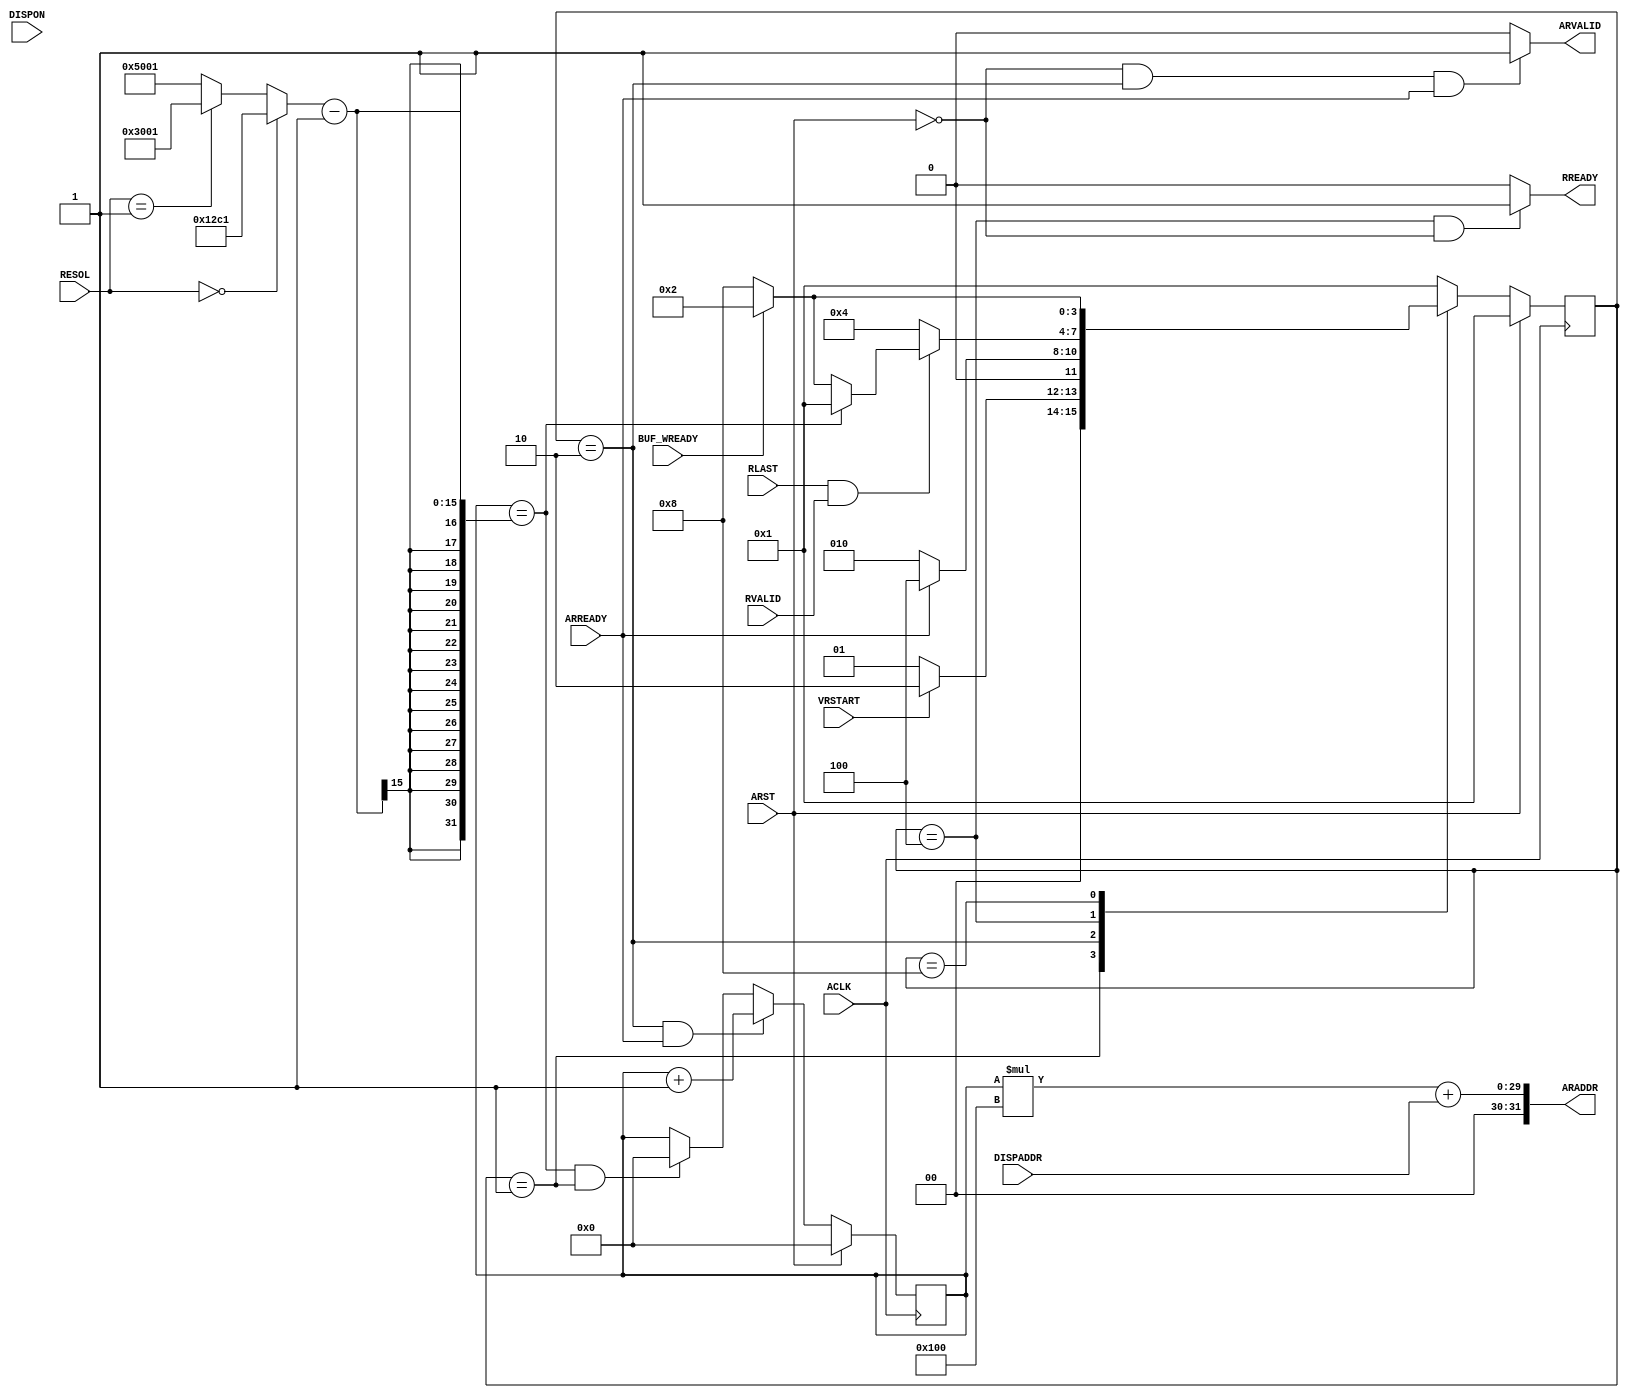
//-----------------------------------------------------------------------------
// Title       : VRAMiuvj
// Project     : display
//-----------------------------------------------------------------------------
// Description :
// 
//-----------------------------------------------------------------------------
// Revisions   :
// Date        Version  Author        Description
// 201?/??/??  1.00     ???????????   Created
//-----------------------------------------------------------------------------

module disp_vramctrl
(
    // System Signals
    input           ACLK,
    input           ARST,

    // Read Address, AhXn
    output  [31:0]  ARADDR,
    output          ARVALID,
    input           ARREADY,
    // Read Data, f[^nRREADYFIFOf[^
    input           RLAST,
    input           RVALID,
    output          RREADY,

    /* x */
    input   [1:0]   RESOL,

    /* ubNM */
    input           VRSTART,   //syncgen VRAMoJnM
    input           DISPON,    //disp_regctrl, disp_buffer\ON
    input   [28:0]  DISPADDR,  //disp_regctrl\JnAhXQXrbg
    input           BUF_WREADY //disp_buffer@FIFO\
);

//AXIeM Master
//FIFO

    reg [3:0] CUR;
    reg [3:0] NXT;

    reg [15:0] COUNT;

//1IgUNV
//exf/8(PgUNVf)=KvgUNV+1
//Xe[gWX^rWATCH_DOGSPKv
//RESOL==0 VGA, RESOL==1 XGA, RESOL==2 SXGA
    wire    [15:0] WATCH_DOGS = (RESOL==2'b00)? 16'h12C1:(RESOL==2'b01)?16'h3001:16'h5001; //16'd4800, 786432, 1310720
//1gUNVAhXi
    wire    [8:0] STEP = 9'h100;
//Xe[g`
parameter S_IDLE = 4'b0001, S_SETADDR = 4'b0010, S_READ = 4'b0100, S_WAIT = 4'b1000;

//AR`lM
//ARADDR 8*32=2561gUNV
assign ARADDR = COUNT*STEP+DISPADDR;

//ARVALID
assign ARVALID = (!ARST&CUR==S_SETADDR&ARREADY) ? 1 : 0;

//Xe[gWX^
always @(posedge ACLK) begin
    if(ARST) begin
        CUR <= S_IDLE;
    end
    else begin
        CUR <= NXT;
    end
end //CUR

//NXT
always @* begin
    case(CUR)
        S_IDLE: if(VRSTART) begin   //@
                    NXT <= S_SETADDR;
                end
                else begin
                    NXT <= S_IDLE;
                end
        S_SETADDR: if(ARREADY) begin    //AR`lAhXs
                        NXT <= S_READ;
                    end
                    else begin
                        NXT <= S_SETADDR;
                    end
        S_READ: if(RLAST&RVALID) begin  //VRAMoAFIFO
                    if(COUNT==WATCH_DOGS-1) begin//IS_IDLE, JE^Kv
                        NXT <= S_IDLE;
                    end
                    else if(BUF_WREADY) begin   //obt@]TS_SETADDR
                        NXT <= S_SETADDR;
                    end
                    else begin  //ICobt@]TS_WAIT
                        NXT <= S_WAIT;
                    end
                end
                else begin
                    NXT <=S_READ;
                end
        S_WAIT: if(BUF_WREADY) begin
                    NXT <= S_SETADDR;
                end
                else begin
                    NXT <= S_WAIT;
                end
        default:
            NXT <= S_IDLE;
    endcase
end //NXT;

//RREADY
assign RREADY = (CUR==S_READ&!ARST) ? 1 : 0;

//COUNT
always @(posedge ACLK) begin
    if(ARST) begin
        COUNT <= 0;
    end
    else if(CUR==S_SETADDR&ARREADY) begin
        COUNT <= COUNT + 1;
    end
    else if(COUNT==WATCH_DOGS-1&CUR==S_IDLE) begin
        COUNT <= 0;
    end
end//COUNT
endmodule